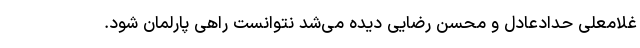
غلامعلی حدادعادل و محسن رضایی دیده می‌شد نتوانست راهی پارلمان شود.